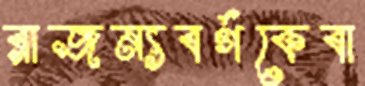
রাজন্যবর্গকেবা